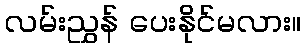
လမ်းညွှန် ပေးနိုင်မလား။